Document type: Dowry acquittance
Year: 1427
Scribe: Pere Tarafa
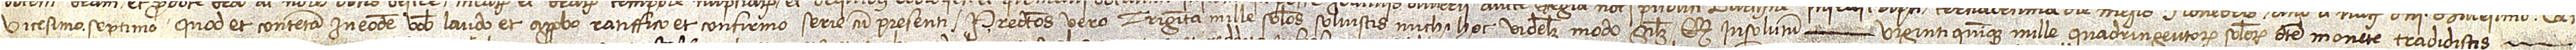
vicesimo septimo, quod et contenta in eodem vobis laudo et approbo, ratiffico et confirmo serie cum presenti. Predictos vero triginta mille solidos solvistis michi hoc videlicet modo, scilicet, quod insolutum  viginti quinque mille quadringentorum solidorum dicte monete tradidistis,